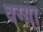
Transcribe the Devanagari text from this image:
वग्गा